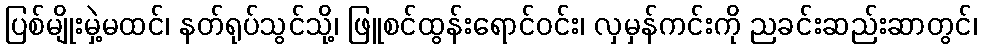
ပြစ်မျိုးမှဲ့မထင်၊ နတ်ရုပ်သွင်သို့၊ ဖြူစင်ထွန်းရောင်ဝင်း၊ လှမှန်ကင်းကို ညခင်းဆည်းဆာတွင်၊